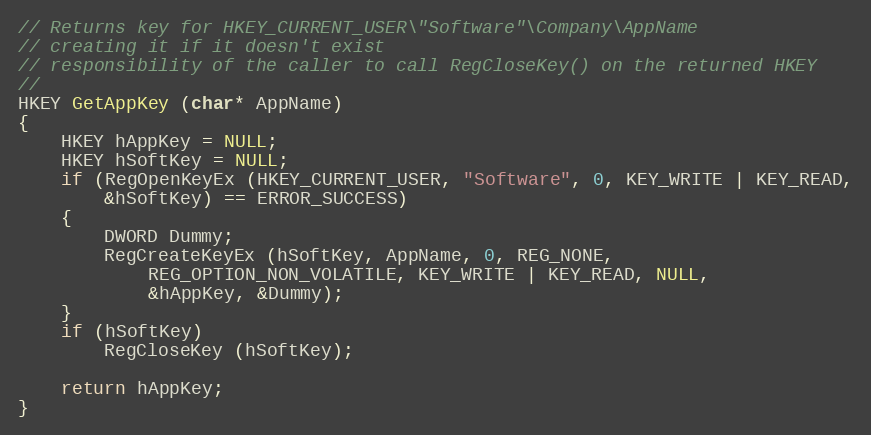
Language: C++
// Returns key for HKEY_CURRENT_USER\"Software"\Company\AppName
// creating it if it doesn't exist
// responsibility of the caller to call RegCloseKey() on the returned HKEY
//
HKEY GetAppKey (char* AppName)
{
	HKEY hAppKey = NULL;
	HKEY hSoftKey = NULL;
	if (RegOpenKeyEx (HKEY_CURRENT_USER, "Software", 0, KEY_WRITE | KEY_READ,
		&hSoftKey) == ERROR_SUCCESS)
	{
		DWORD Dummy;
		RegCreateKeyEx (hSoftKey, AppName, 0, REG_NONE,
			REG_OPTION_NON_VOLATILE, KEY_WRITE | KEY_READ, NULL,
			&hAppKey, &Dummy);
	}
	if (hSoftKey)
		RegCloseKey (hSoftKey);

	return hAppKey;
}